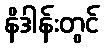
နိဒါန်းတွင်